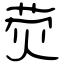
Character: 荧